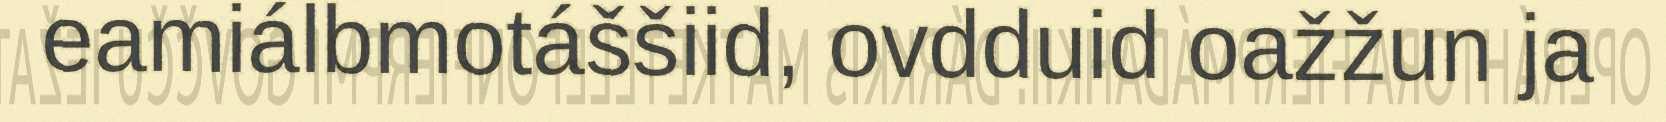
eamiálbmotáššiid, ovdduid oažžun ja